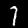
Digit: 7